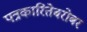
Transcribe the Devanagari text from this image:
पत्रकारितेबरोबर